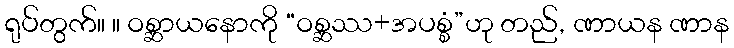
ရုပ်တွက်။ ။ ဝစ္ဆာယနောကို “ဝစ္ဆဿ+အပစ္စံ”ဟု တည်, ဏာယန ဏာန